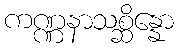
ကဏ္ဏနာသစ္ဆိန္နော